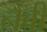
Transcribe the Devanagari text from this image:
नैवी